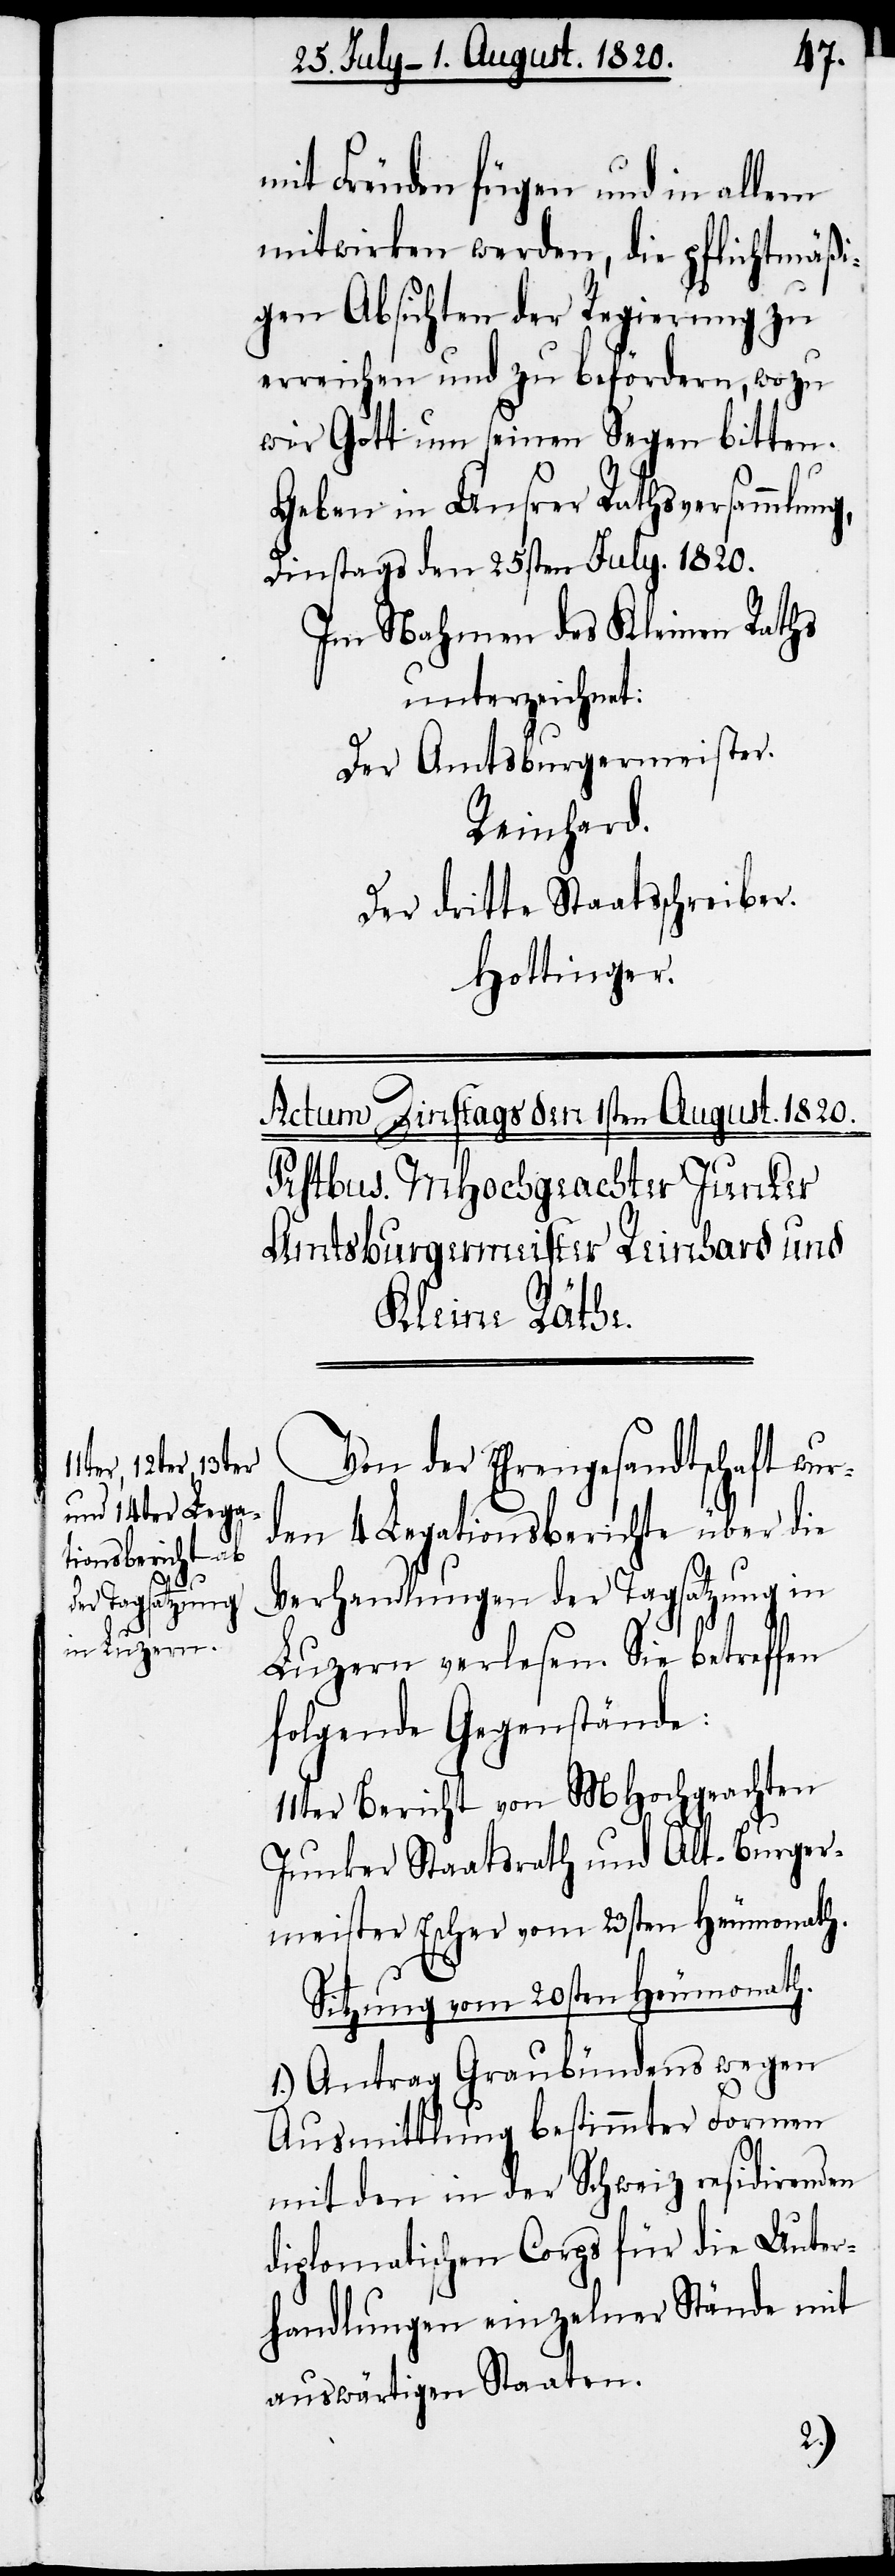
mit Freuden fügen und in allem
mitwirken werden, die pflichtmäßi¬
gen Absichten der Regierung zu
erreichen und zu befördern, wozu
wir Gott um seinen Segen bitten.
Geben in Unserer Rathsversammlun¬
Dinstags den 25sten July. 1820.
Im Nahmen des Kleinen Raths
unterzeichnet:
Der Amtsburgermeister.
Reinhard.
Der dritte Staatsschreiber.
Hottinger.
Von der Ehrengesandtschaft wur¬
den 4 Legationsberichte über die
Verhandlungen der Tagsatzung in
g,
Luzern verlesen. Sie betreffen
folgende Gegenstände:
11ter Bericht von MHochgeachten
Junker Staatsrath und Alt-Burger¬
meister Escher vom 23sten Heumonath.
Sitzung vom 20sten Heumonath.
1.) Antrag Graubündens wegen
Ausmittlung bestimmter Formen
mit den in der Schweiz residirenden
diplomatischen Corps für die Unter¬
handlungen einzelner Stände mit
auswärtigen Staaten.